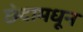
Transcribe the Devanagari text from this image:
छेदामधून